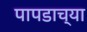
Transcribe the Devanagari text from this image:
पापडाच्या